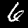
Digit: 6